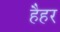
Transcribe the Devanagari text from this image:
हैहर